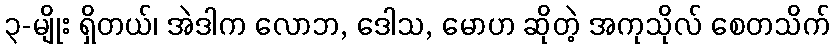
၃-မျိုး ရှိတယ်၊ အဲဒါက လောဘ, ဒေါသ, မောဟ ဆိုတဲ့ အကုသိုလ် စေတသိက်